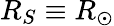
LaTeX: R_{S}\equiv R_{\odot}